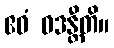
ဧဝံ ဝဒန္တီတိ။